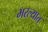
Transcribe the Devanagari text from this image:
भरल्यात